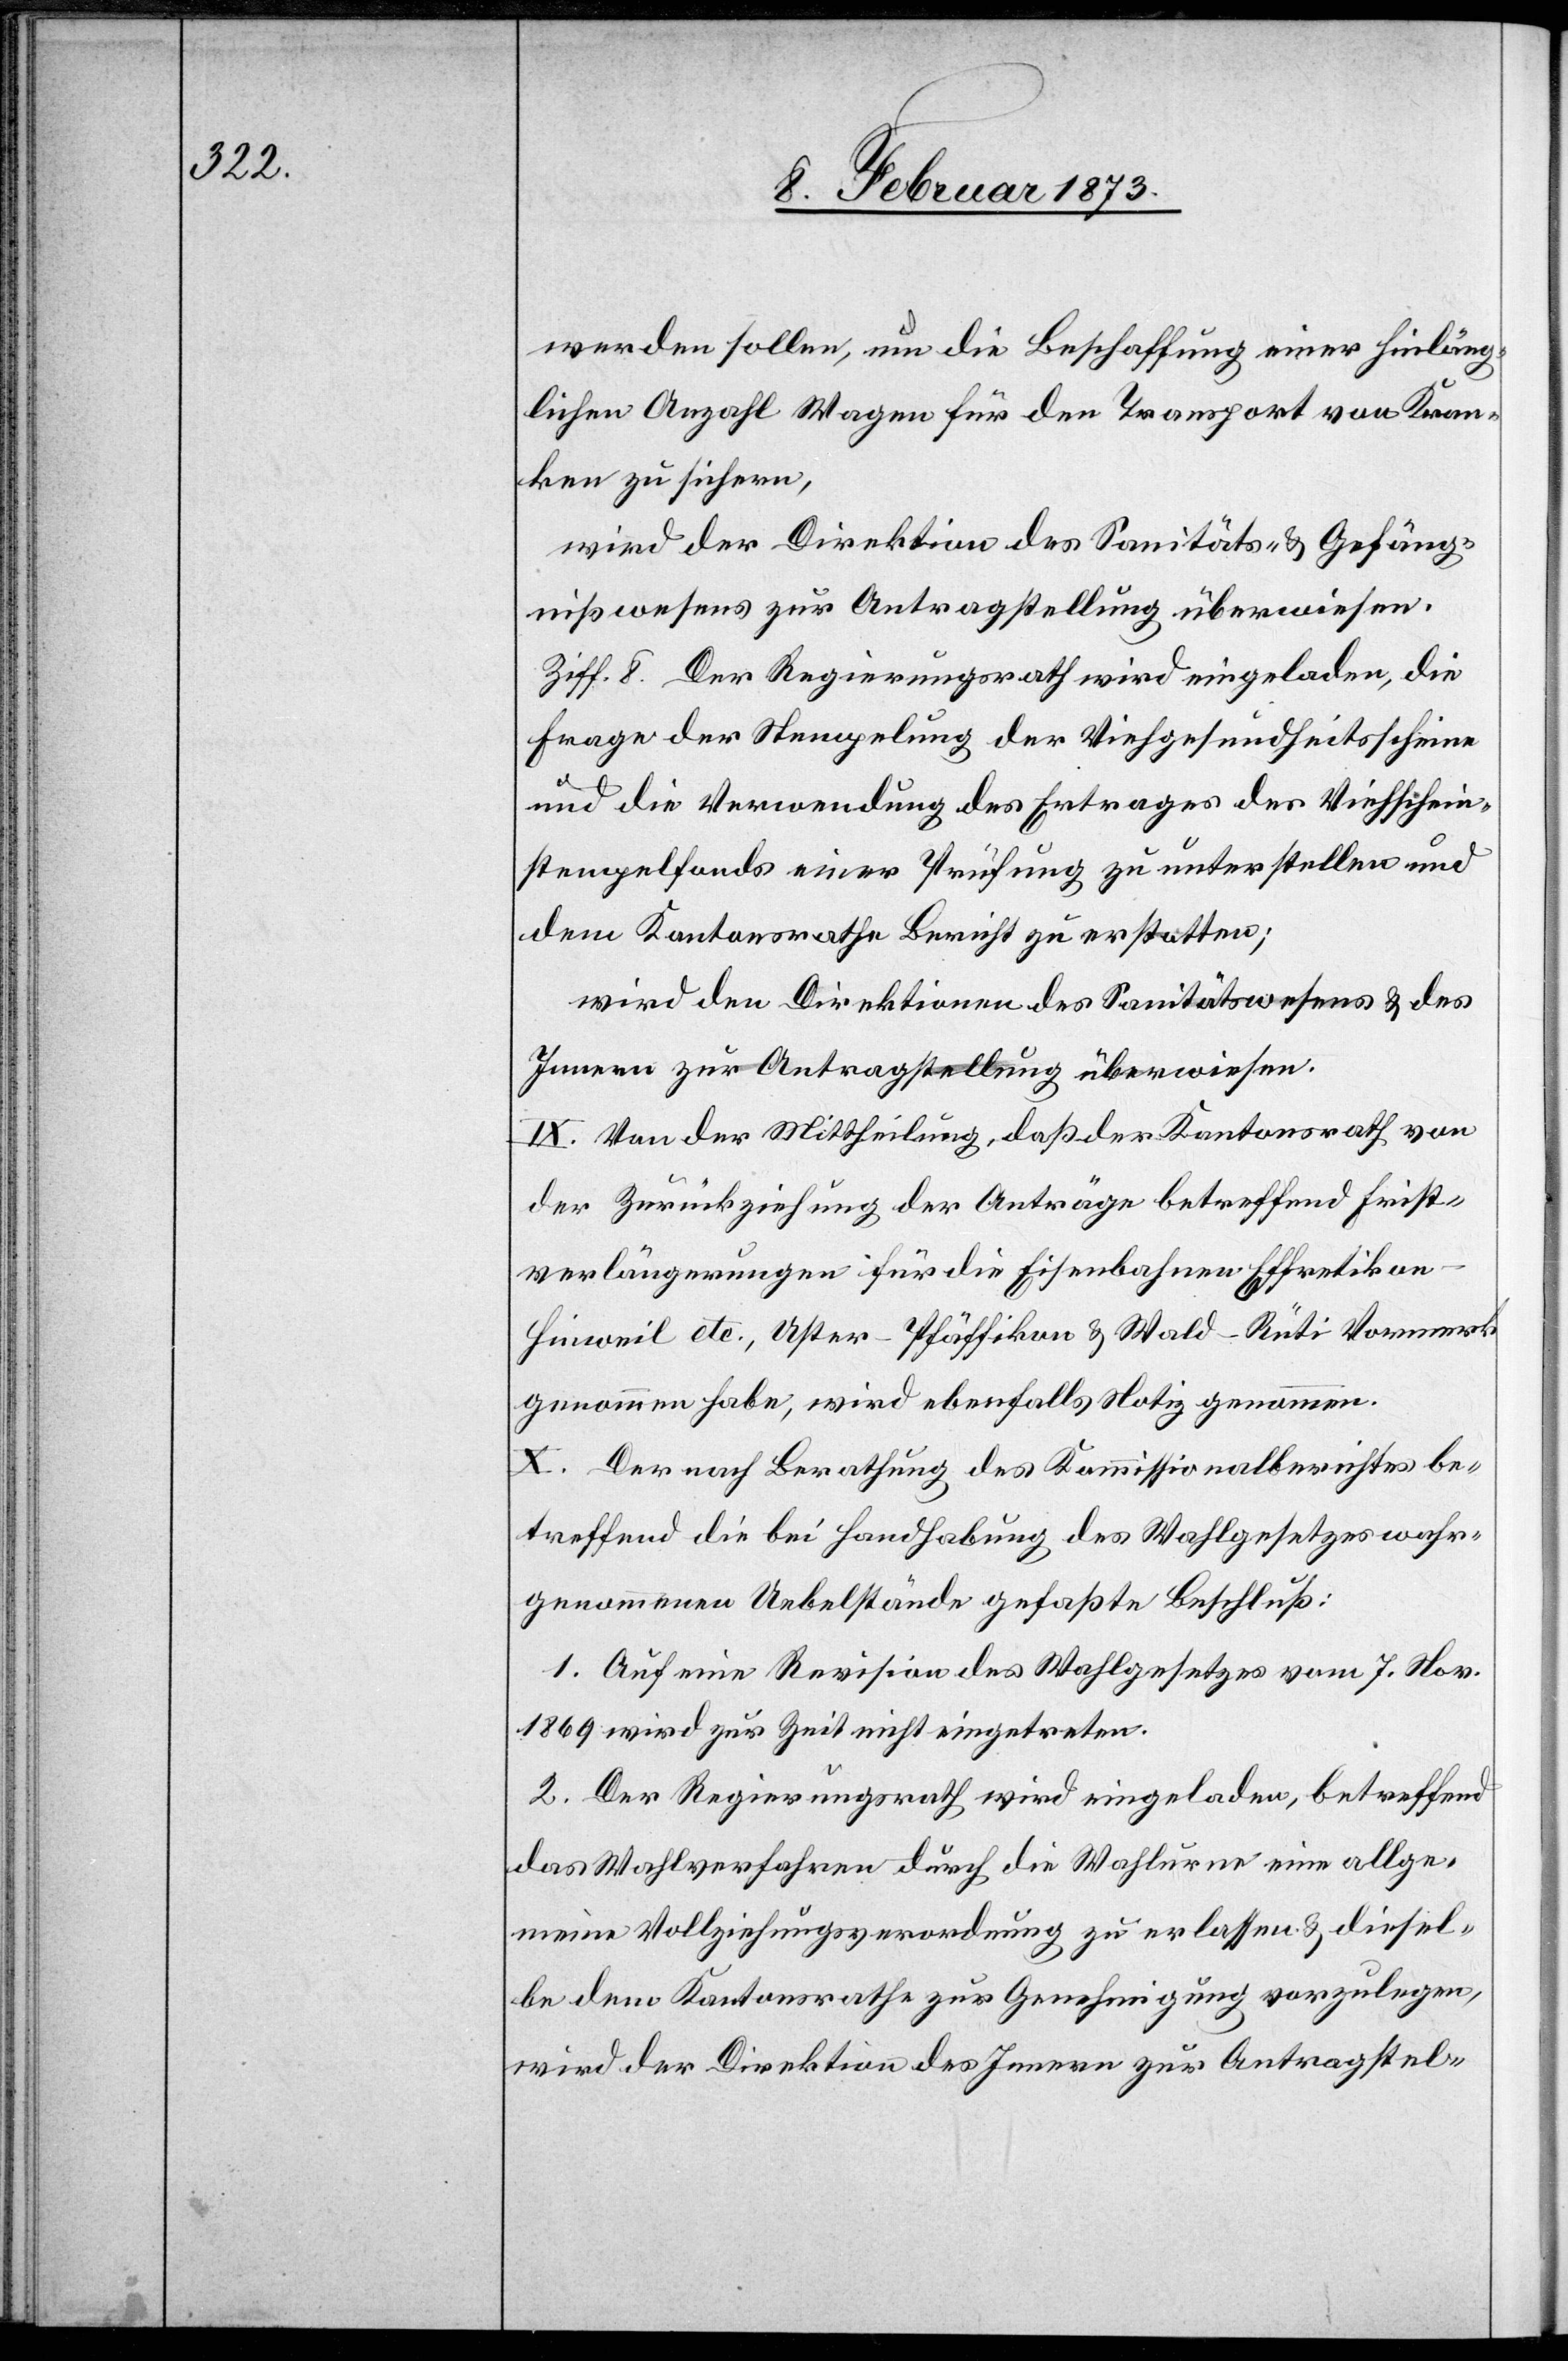
werden sollen, um die Beschaffung einer hinläng¬
lichen Anzahl Wagen für den Transport von Kran¬
ken zu sichern,
wird der Direktion des Sanitäts- u. Gefäng¬
nißwesens zur Antragstellung überwiesen.
Ziff. 8. Der Regierungsrath wird eingeladen, die
Frage der Stempelung der Viehgesundheitsscheine
und die Verwendung des Ertrages der Viehschein¬
stempelfonds einer Prüfung zu unterstellen und
dem Kantonsrathe Bericht zu erstatten;
wird den Direktion des Sanitätswesens u. des
Innern zur Antragstellung überwiesen.
IX. Von der Mittheilung, daß der Kantonsrath von
der Zurückziehung der Anträge betreffend Frist¬
verlängerungen für die Eisenbahnen Effretiko¬
n–Hinweil etc., Uster–Pfäffikon u. Wald–Rüti Vormerk
genommen habe, wird ebenfalls Notiz genommen.
X. Der nach Berathung des Kommissionalberichtes be¬
treffend die bei Handhabung des Wahlgesetzes wahr¬
genommenen Uebelstände gefaßte Beschluß:
1. Auf eine Revision des Wahlgesetzes vom 7. Nov.
1869 wird zur Zeit nicht eingetreten.
2. Der Regierungsrath wird eingeladen, betreffend
das Wahlverfahren durch die Wahlurne eine allge¬
meine Vollziehungsverordnung zu erlassen u. diesel¬
be dem Kantonsrathe zur Genehmigung vorzulegen,
wird der Direktion des Innern zur Antragstel-